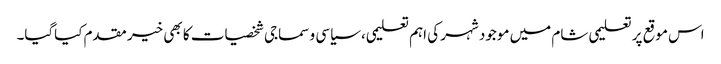
اس موقع پر تعلیمی شام میں موجود شہر کی اہم تعلیمی، سیاسی و سماجی شخصیات کا بھی خیر مقدم کیاگیا۔